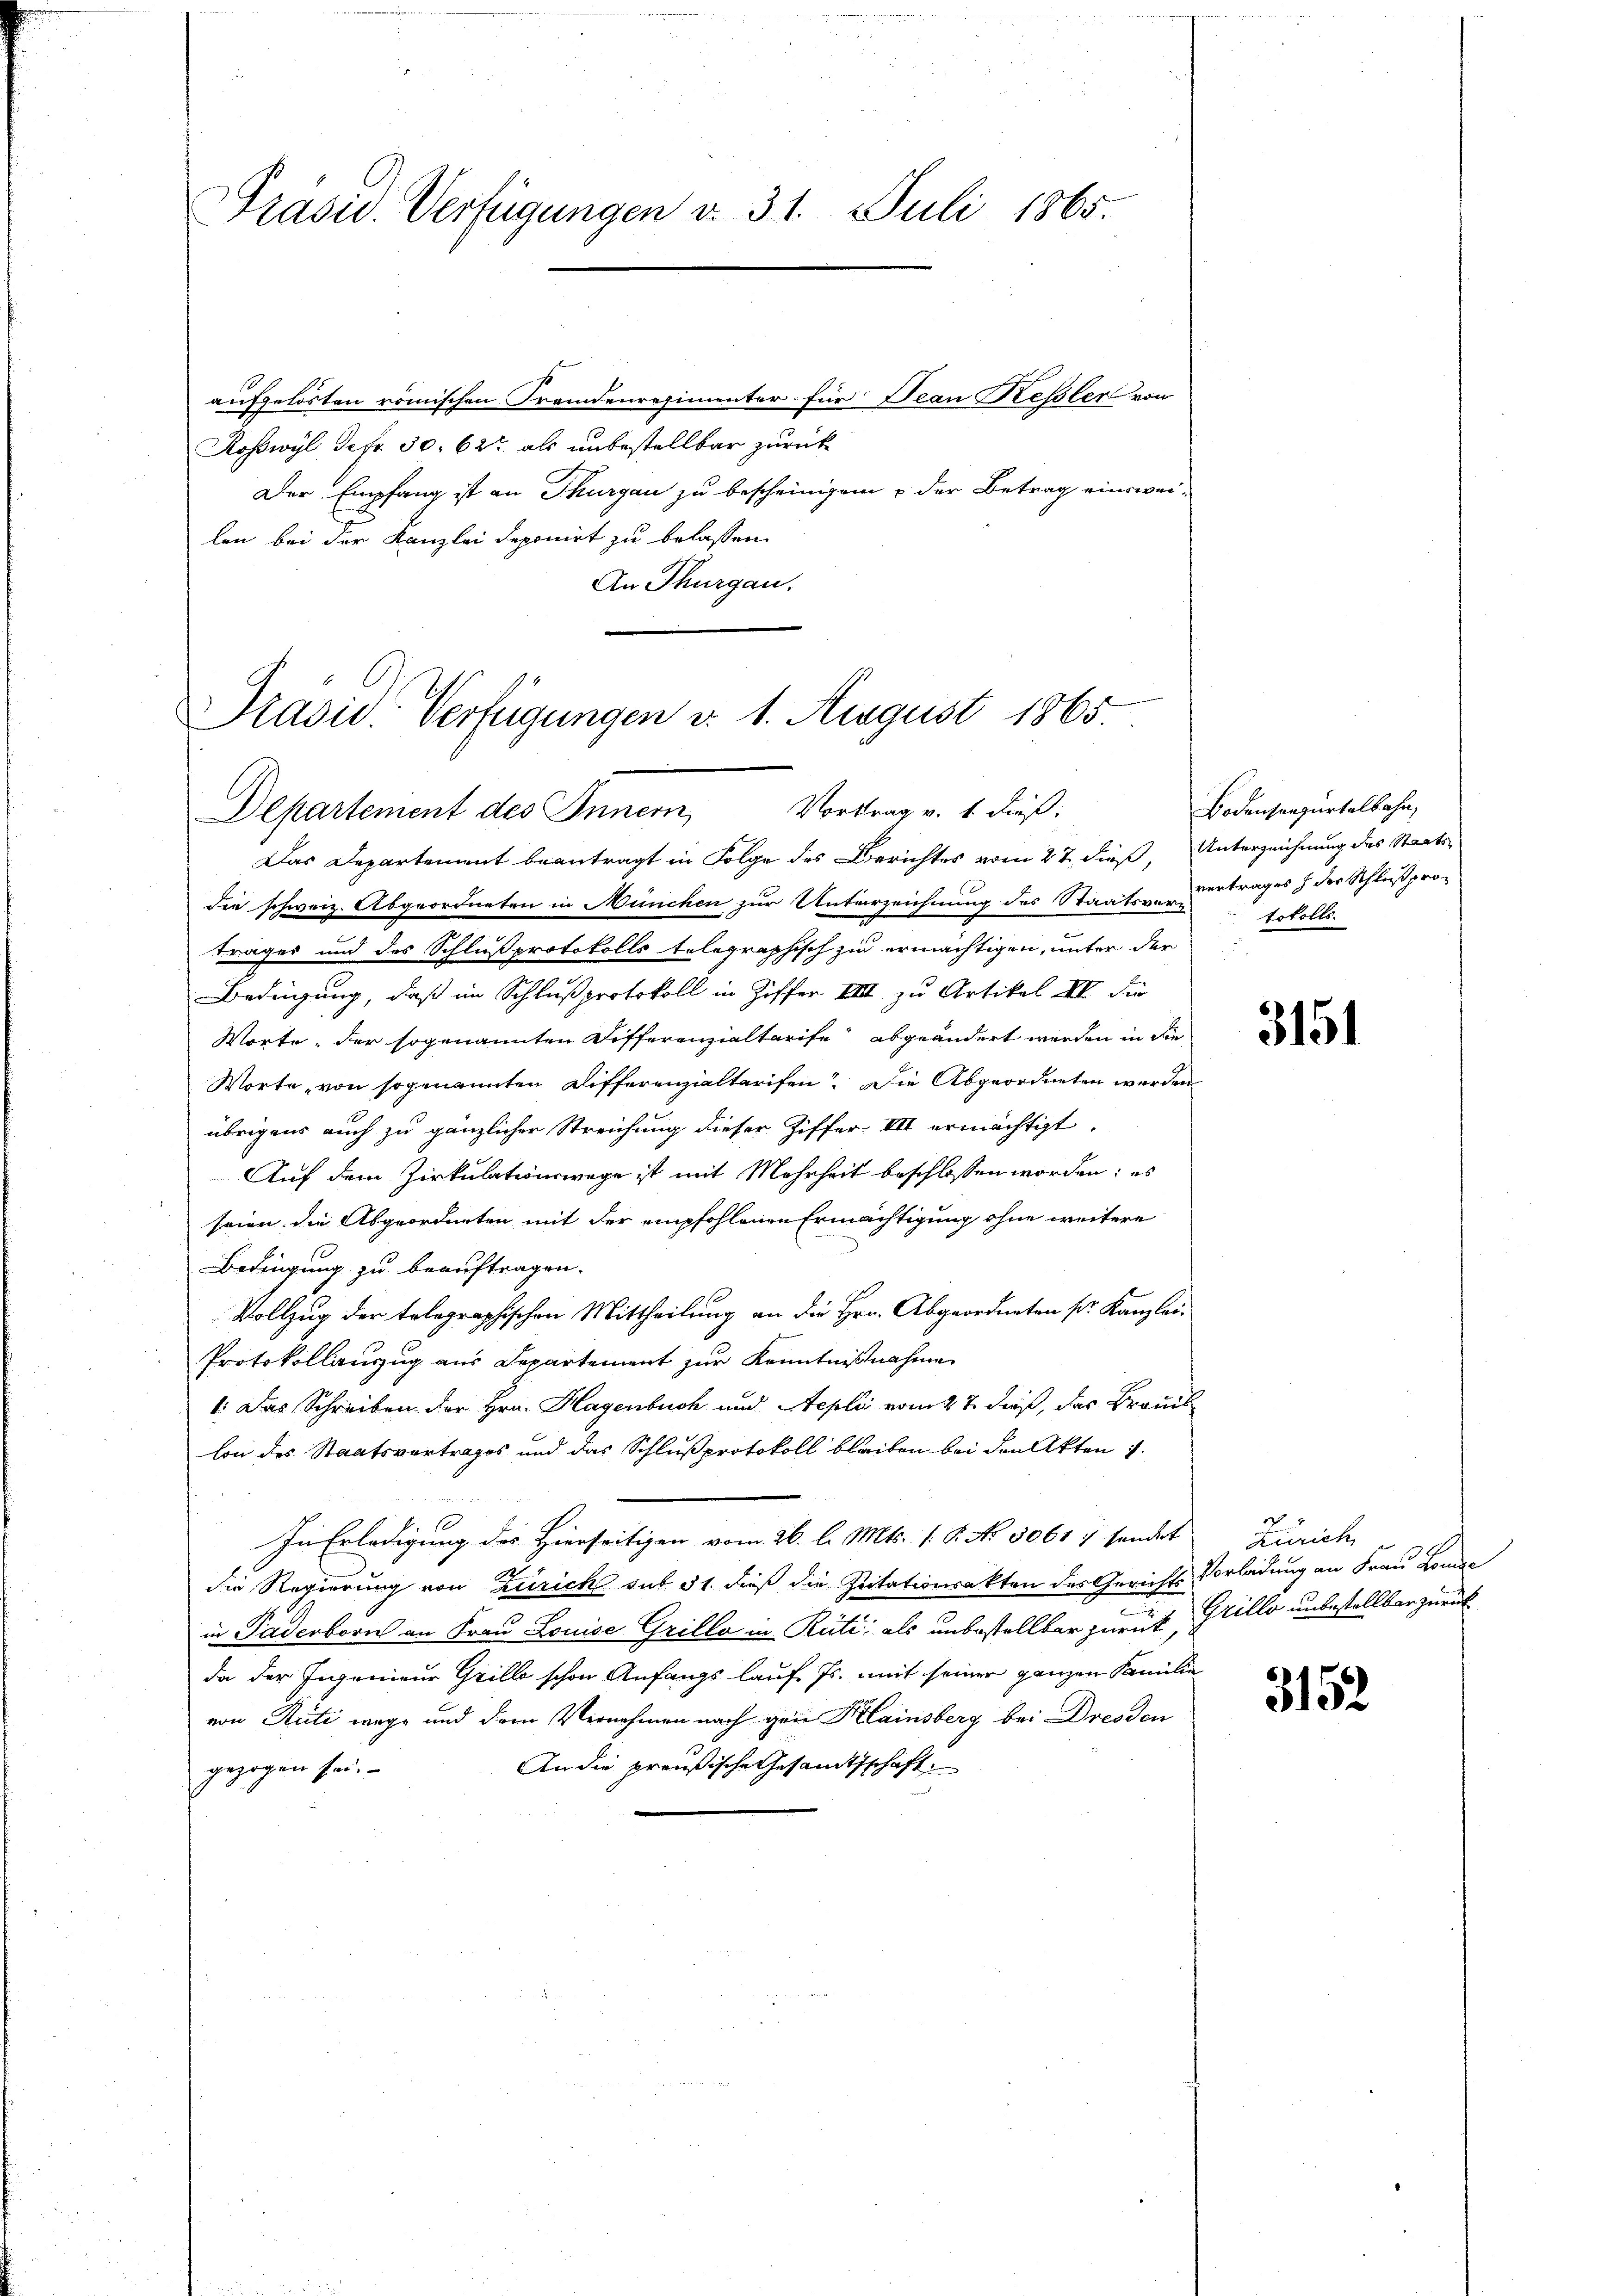
Präsid. Verfügungen v. 31. Juli 1865.

aufgelösten römischen Fremdenregimenter für Deau Keßler von
Roswyl Sefr. 30. 62 als unbestellbar zurück
Der Empfang ist an Thurgau zu bescheinigen u der Betrag einsweilen bei der Kanzlei deponirt zu belassen.
An Thurgau.

Das Departement beantragt in Folge des Berichtes vom 27. dieß, Unterzeichnung des Staatsdie schweiz. Abgeordneten in München zur Unterzeichnung des Staatsver vertrages & der Schlußpro¬
Frages und des Schlußprotokolls telegraphisch zu ermächtigen, unter der
Bedingung, daß im Schlußprotokoll in Ziffer. VIII zu Artikel XII die
Worte, der sogenannten Differenzialtarife abgeändert werden in die
Worte, von sogenannten Differenzialtarifen. Die Abgeordneten werden
übrigens auch zu gänzlicher Streichung dieser Ziffer III ermächtigt.
Auf dem Zirkulationswege ist mit Mehrheit beschlossen worden; es
seien die Abgeordneten mit der empfohlenen Ermächtigung ohne weitere
Bedingung zu beauftragen.
Vollzug der telegraphischen Mittheilung an die Hrn. Abgeordneten sr. Kanzlei¬
Protokollauszug aus Departement zur Kenntnißnahme
1: Das Schreiben der Hrn. Hagenbuch und Aeplii vom 27. dieß, das Brauch
lon des Staatsvertrages und das Schlußprotokoll bleiben bei den Akten
In Erledigung des Hierseitigen vom 26. l. Mts. 1. P. No. 5061 7 sendet
die Regierung von Zürich sub 31. dieß die Zitationsakten des Gericht Vorladung an Frau Londe
in Paderborn an Frau Louise Grillo in Rüti; als unbestellbar zurück, Grillo unbestellbar zurück
da der Ingenieur Grillo schon Anfangs lauf Js. mit seiner ganzen Familie
von Rüti wege und dem Vernehmen nach gen Klainsberg bei Dresden
An die preußische Gesamtsschaft.
gezogen sei.

Präsid. Verfügungen v. 1. August 1865.
Vorttrag v. 1. dieß.
Departement des Innern,

Bodenseegürtelbahn,
tokolls.

3151

Zürich

3152